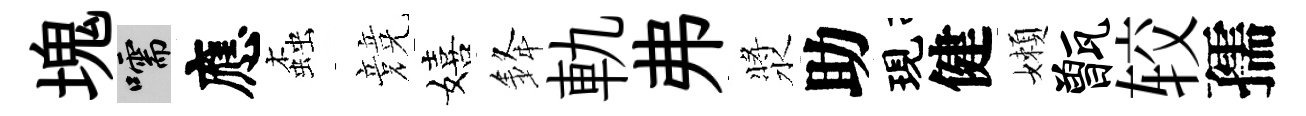
塊嚅應螙競嬉𨦟軌弗漿助現健嬾甑较孺